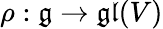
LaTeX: \rho:{\mathfrak{g}}\rightarrow{\mathfrak{gl}}(V)